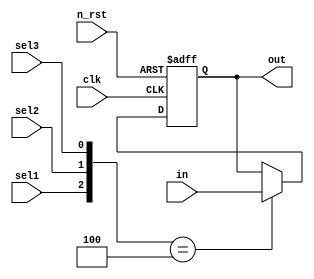
module buffer(
    clk,
    n_rst,
    in,
    sel1,
    sel2,
    sel3,
    out
);

input clk;
input n_rst;
input [3:0] in;
input sel1;
input sel2;
input sel3;

output reg [3:0] out;

always @(posedge clk or negedge n_rst) begin
    if(!n_rst) begin
        out <= 4'h0;
    end
    else begin
        out <= ({sel1, sel2, sel3} == 3'b100) ? in : out;
    end
end

endmodule